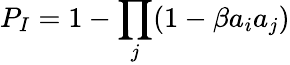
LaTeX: {P_{I}=1-\prod_{j}(1-\beta a_{i}a_{j})}